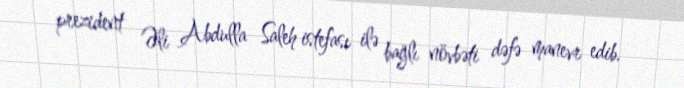
prezident Əli Abdulla Saleh istefası ilə bağlı növbəti dəfə manevr edib.